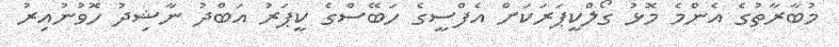
މުބާރާތުގެ އެންމެ މޮޅު ގޯލްކީޕަރަކަށް އެފްސީގެ ހަބޭސްގެ ކީޕަރު އަބްދު ނާޝިދު ހޮވުނުއިރު